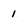
Character: 1